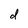
Character: d